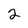
Character: 2